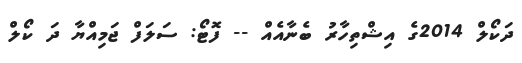
ދަކޯލް 2014ގެ އިޝްތިހާރު ބެނާއެއް -- ފޮޓޯ: ސަލަފް ޖަމިއްޔާ ދަ ކޯލް